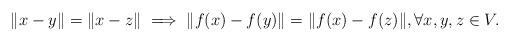
LaTeX: \begin{align*}\|x - y\| = \|x - z\| \implies \|f(x) - f(y)\| = \|f(x) - f(z)\|, \forall x,y,z \in V.\end{align*}